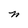
Character: n